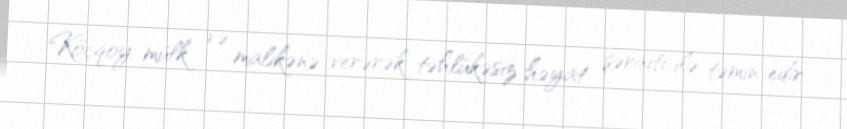
Köçqoy mülk və malikənə verərək təhlükəsiz həyat şəraiti ilə təmin edir.